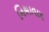
નિભાવાય